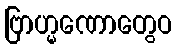
ဗြာဟ္မဏောတွေဝ